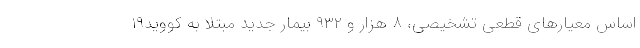
اساس معیارهای قطعی تشخیصی، ۸ هزار و ۹۳۲ بیمار جدید مبتلا به کووید۱۹